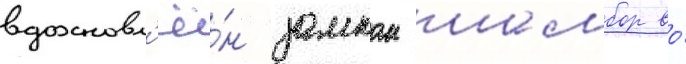
вдохновл'ё́н замком шамбор во́